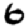
Digit: 6